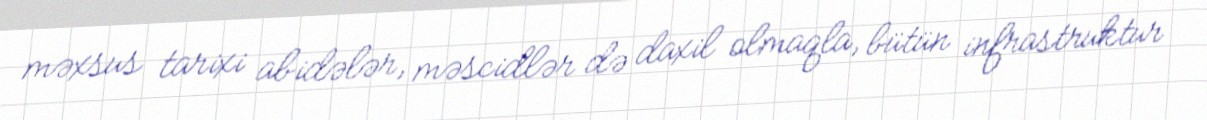
məxsus tarixi abidələr, məscidlər də daxil olmaqla, bütün infrastruktur